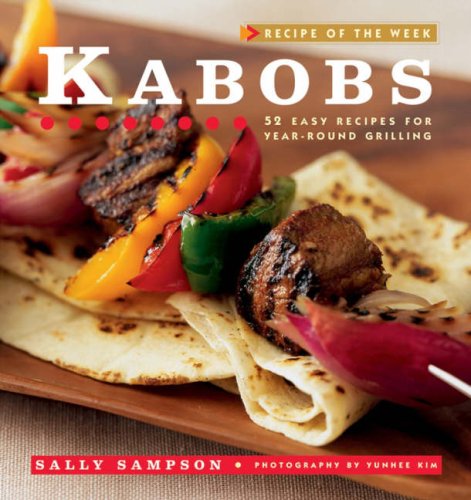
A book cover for Kabobs: 52 Easy Recipes for Year-Round Grilling (Recipe of the Week); Sally Sampson; Cookbooks, Food & Wine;